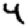
Digit: 4